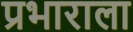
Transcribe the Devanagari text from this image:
प्रभाराला